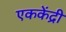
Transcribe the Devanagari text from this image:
एककेंद्री